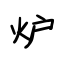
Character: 炉